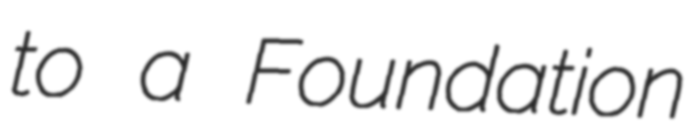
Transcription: to a Foundation